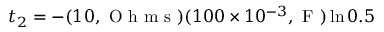
t _ { 2 } = - ( 1 0 , \mathrm { ~ O ~ h ~ m ~ s ~ } ) ( 1 0 0 \times 1 0 ^ { - 3 } , \mathrm { ~ F ~ } ) \ln { 0 . 5 }